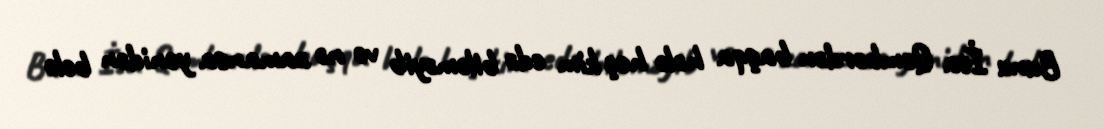
Bunu İsa Qəmbərdən başqa hələ heç kim edə biləməyib və nə zamansa yenidən belə